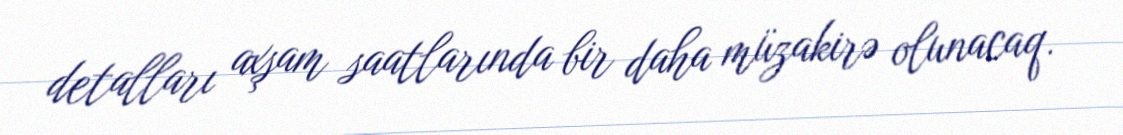
detalları axşam saatlarında bir daha müzakirə olunacaq.